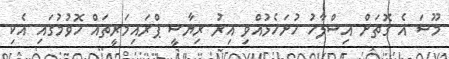
މޫސަ އެ ގޮތަށް އިސްލާހު ހުށަހެޅުއްވި އިރު ރިޔާސީ ޕްރައިމަރީތައް ހޮވުމުގައި އެކި